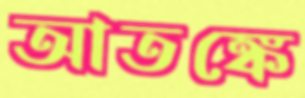
আতঙ্কে